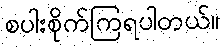
စပါးစိုက်ကြရပါတယ်။